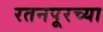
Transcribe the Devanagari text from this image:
रतनपूरच्या